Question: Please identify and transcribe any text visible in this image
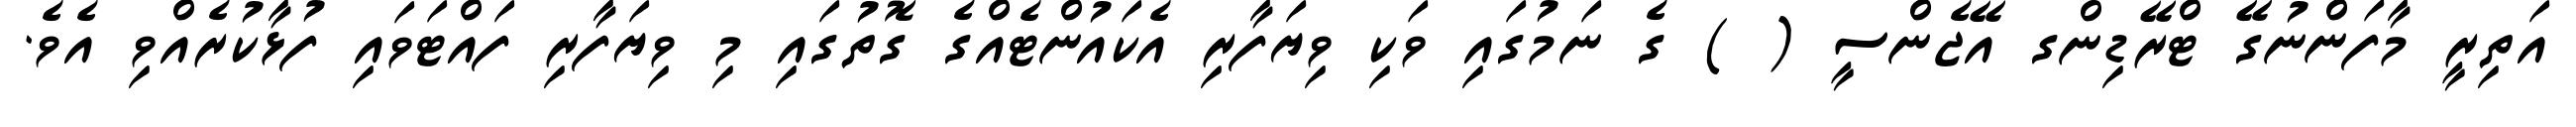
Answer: އަތިރީ މާފަންނުގޭ ޓްރޭޑިންގ އޭޖެންސީ ( ) ގެ ނަމުގައި ވަކި ވިޔަފާރި އެކައުންޓެއްގެ ގޮތުގައި މި ވިޔަފާރި ފައްޓަވައި ފުޅާކުރެއްވި އެވެ.